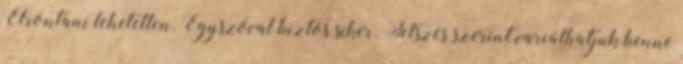
Elrontani lehetetlen. Egyszóval biztos siker. Tetszés szerint variálhatjuk benne